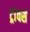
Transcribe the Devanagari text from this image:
ट्रांवर्स